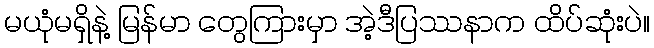
မယုံမရှိနဲ့ မြန်မာ တွေကြားမှာ အဲ့ဒီပြဿနာက ထိပ်ဆုံးပဲ။